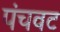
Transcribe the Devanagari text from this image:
पंचवट